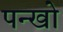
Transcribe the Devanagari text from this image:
पन्खो